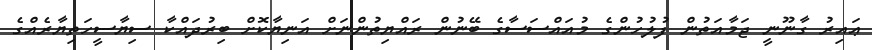
ޢައިރު ގާނޫނީ ޖަމާއަތުން ފުލުހުންގެ މުއައްސަސާގެ ބޭނުން ރައްޔިތުންނަށް އަނިޔާކޮށް ބިރުދައްކާ ސިޔާސީހަތިޔާރެއްގެ